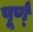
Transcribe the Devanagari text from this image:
पूर्ण्